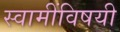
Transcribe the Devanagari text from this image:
स्वामींविषयी